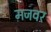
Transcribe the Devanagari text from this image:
मजवर